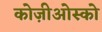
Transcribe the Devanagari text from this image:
कोज़ीओस्को